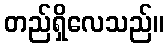
တည်ရှိလေသည်။